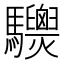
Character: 𩧙